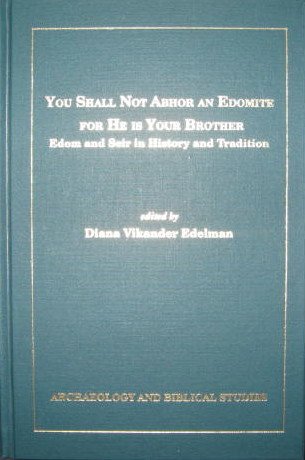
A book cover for You Shall Not Abhor an Edomite for He Is Your Brother: Edom and Seir in History and Tradition (Archaeology and Biblical Studies) (ASOR/SBL ARCHAEOLOGY AND BIBLICAL STUDIES); Diana V Edelman; History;